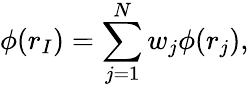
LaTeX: \phi(r_{I})=\sum_{j=1}^{N}w_{j}\phi(r_{j}),